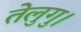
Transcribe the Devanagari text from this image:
तेलुगु।